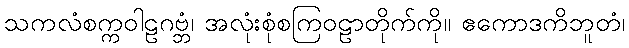
သကလံစက္ကဝါဠဂဗ္ဘံ၊ အလုံးစုံစကြဝဠာတိုက်ကို။ ဧကောဒကိဘူတံ၊